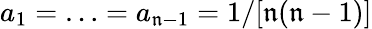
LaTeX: a_{1}=\ldots=a_{\mathfrak{n}-1}=1/[\mathfrak{n}(\mathfrak{n}-1)]